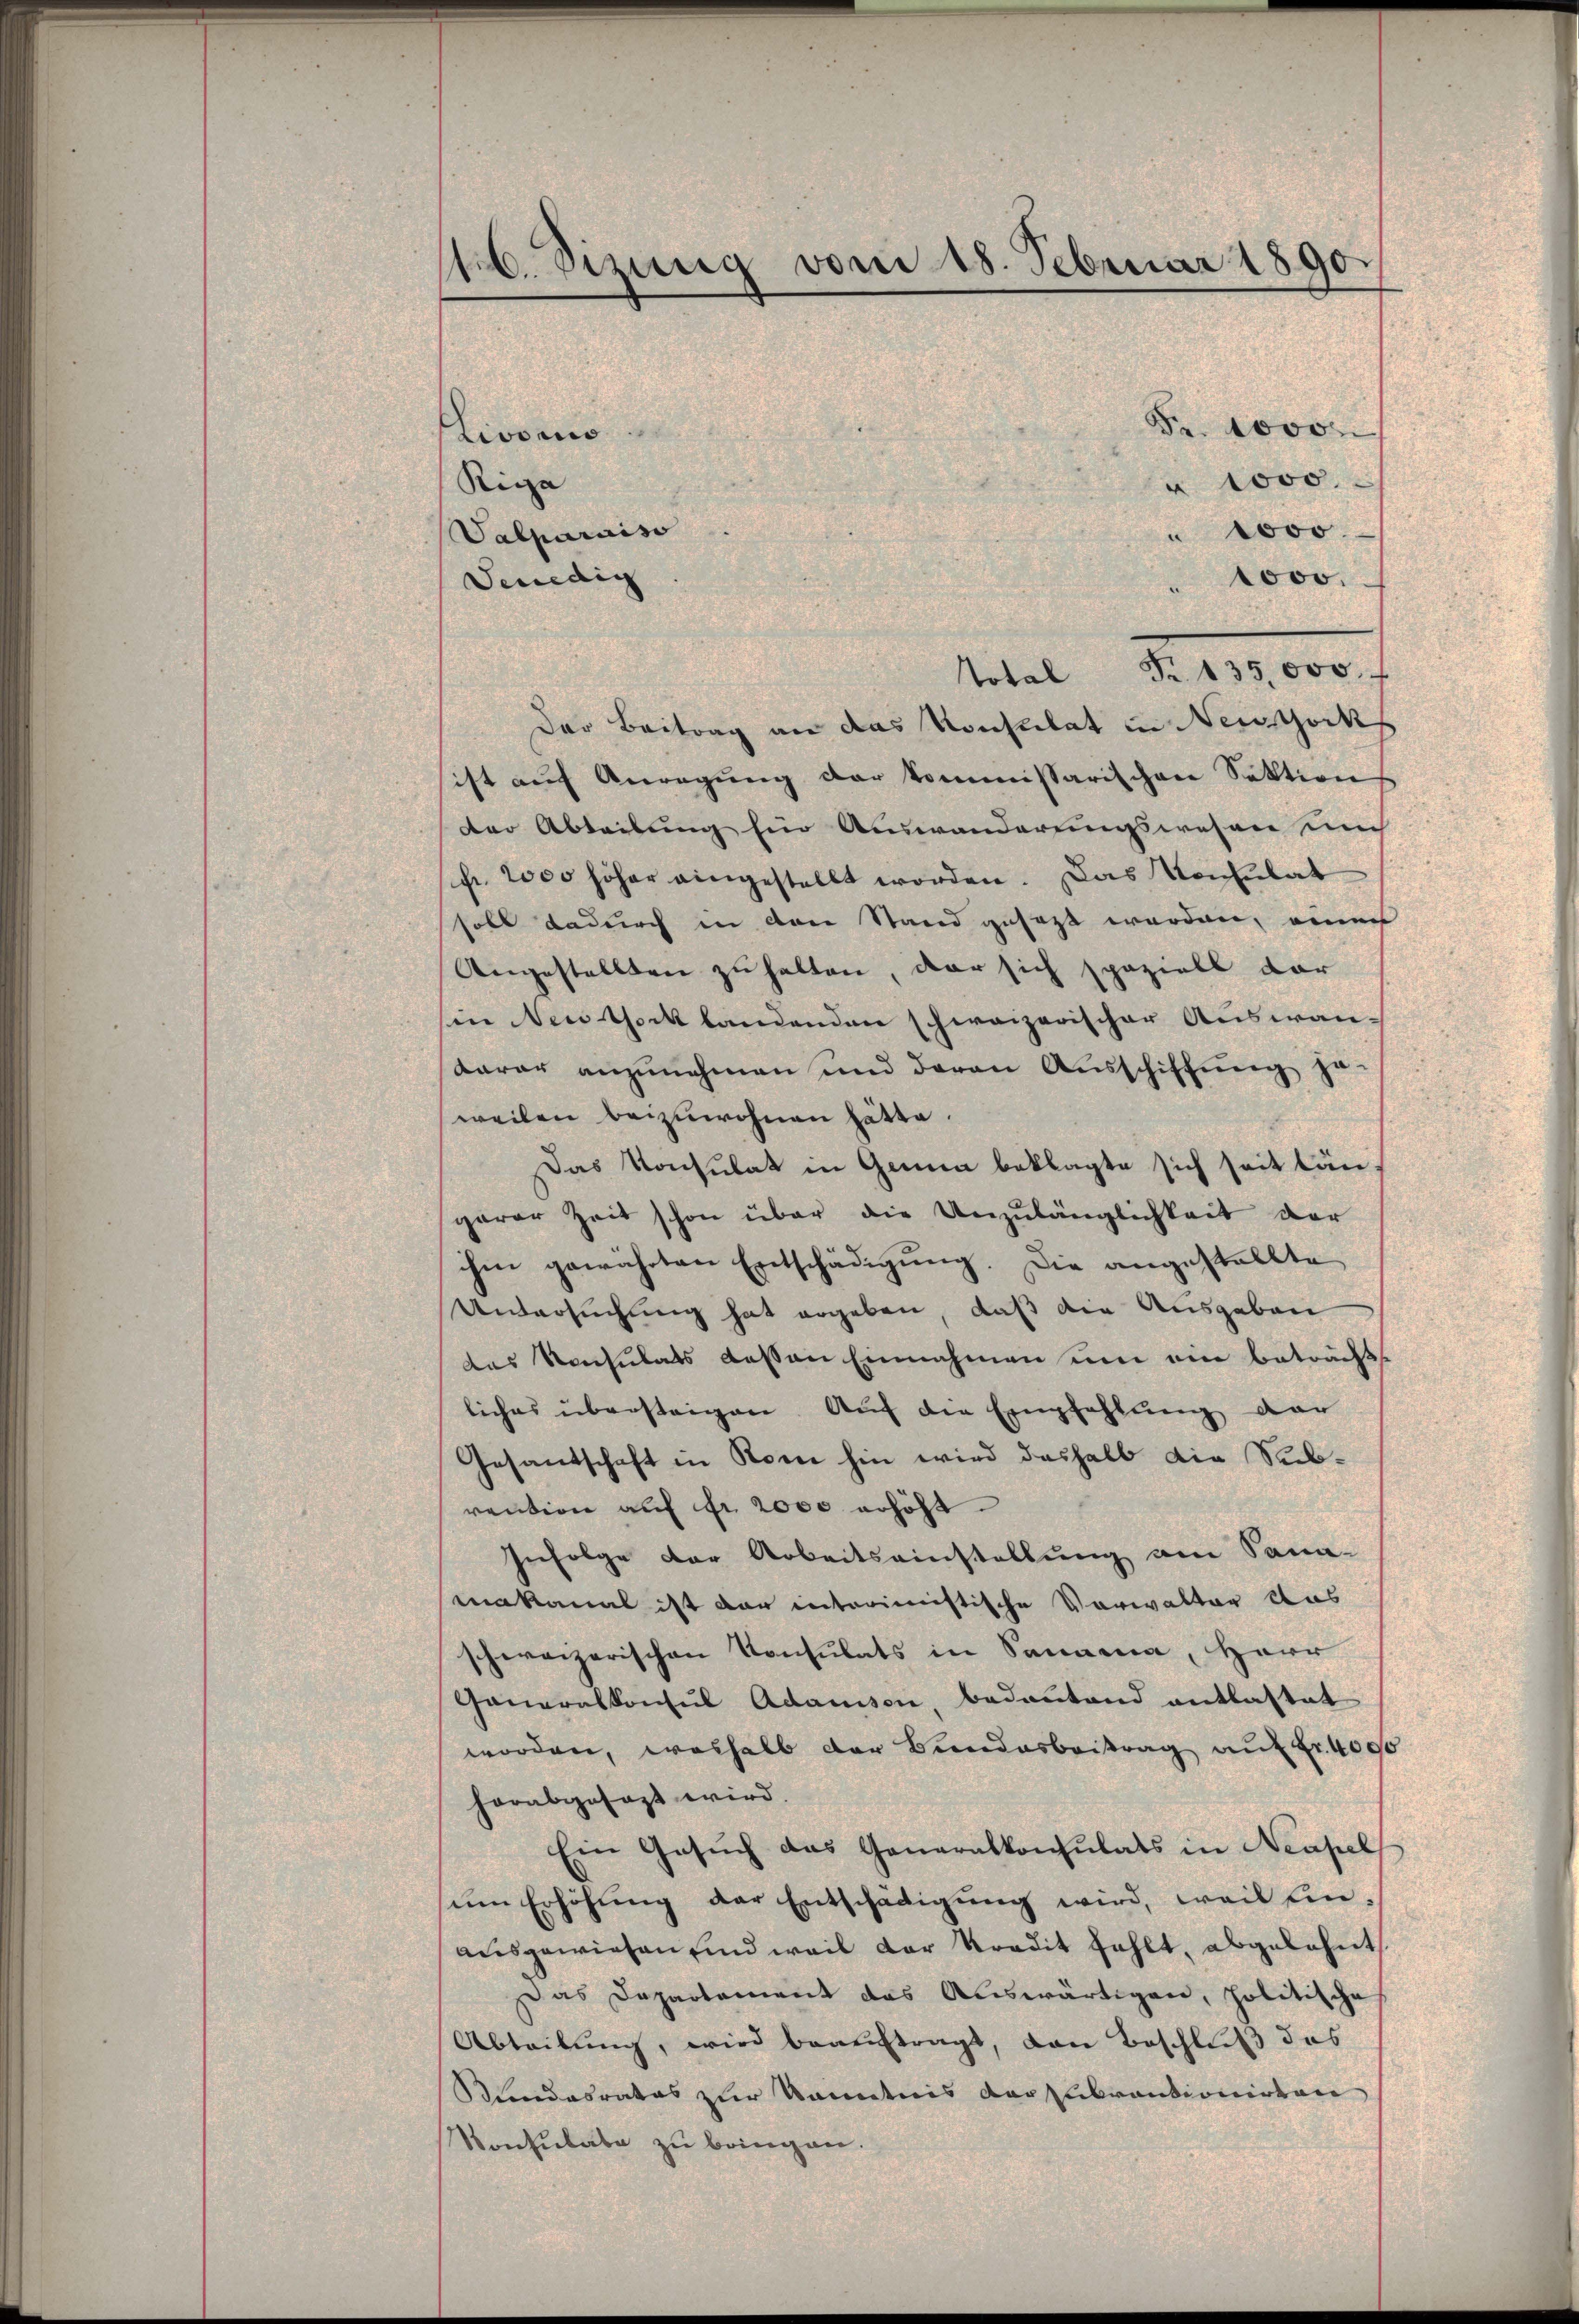
sb. Sizung vom 18. Februar 1890.

Fr. 10000
Livors
" 1000
Riga
" 1000.
Valparaiso
" 1000.
Senedig
Der Beitrag an das Konsulat in Neustock
ist auf Anregung der kommissarischen Sektion
der Abteilung ein Auswanderungswesen un
fr. 2000 höher eingestellt worden. Das Konsulat
soll dadurch in den Stand gesagt worden, eine
Angestellten zu halten, der sich spaziell dar
in Newtock landenden schweizerischer Auswan-
karar anzunehmen und deren Ausschiffung je
weilen beizuwohnen hätte.
Das Konsulat in Ganna beklagte sich seit län
garer Zeit schon über die Unzulänglichkeit der
ihm gewährten Entschädigŭng. Die angestellte
Untersuchung hat ergeben, daß die Ausgaben
das Konsulats dessen Einnahmen um ein beträcht
liches übersteigen. Auf die Empfehlung der
Gesandschaft in Korne hin wird deshalb die Subrention auf fr. 2000 erhöht.
Infolge der Arbeitseinstellung am Sana-
makanal ist dar interimistische Vorwalter Aus
schweizerischen Konsulats in Panama, Herr
Generalkonsul Adamson bedautand entlastet
worden, weshalb der Bundesbeitrag auf Fr. 400
herabgesagt wird
Ein Gesuch das Generalkonsulats in Neapel
ŭm Erhöhŭng der Entschädigŭng wird, weil einausgewiesen und weil der Kredit fehlt, abgelehnt.
Das Departement das Auswärtigen, politische
Abteilung, wird beauftragt, dann Beschluß das
Mendesrates zur kanntnis darzubrantionirten
Konsulate zu bringen.

Total Fr. 135,000